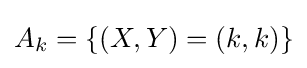
A_{k}=\{(X,Y)=(k,k)\}